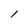
Character: 1